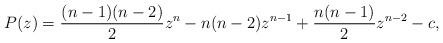
LaTeX: \begin{align*}P(z)=\frac{(n-1)(n-2)}{2}z^{n}-n(n-2)z^{n-1}+\frac{n(n-1)}{2}z^{n-2}-c,\end{align*}